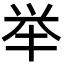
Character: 举